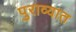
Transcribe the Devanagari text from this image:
पुराव्यात